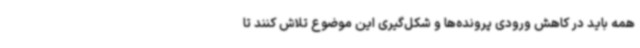
همه باید در کاهش ورودی پرونده‌ها و شکل‌گیری این موضوع تلاش کنند تا